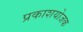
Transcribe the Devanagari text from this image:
प्रकाशयोजक